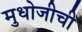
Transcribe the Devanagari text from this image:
मुधोजीची